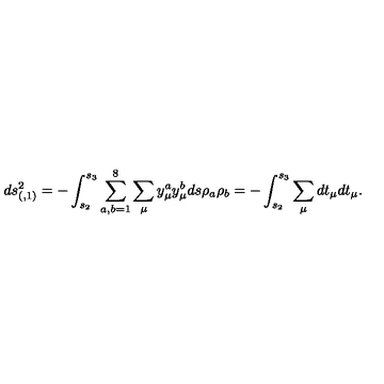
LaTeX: d s _ { ( , 1 ) } ^ { 2 } = - \int _ { s _ { 2 } } ^ { s _ { 3 } } \sum _ { a , b = 1 } ^ { 8 } \sum _ { \mu } { y } _ { \mu } ^ { a } { y } _ { \mu } ^ { b } d s \rho _ { a } \rho _ { b } = - \int _ { s _ { 2 } } ^ { s _ { 3 } } \sum _ { \mu } d { t } _ { \mu } d { t } _ { \mu } .